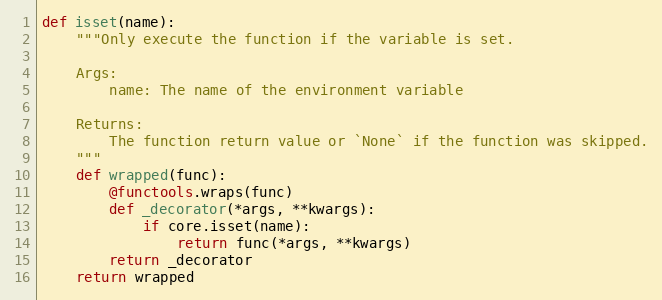
Language: Python
def isset(name):
    """Only execute the function if the variable is set.

    Args:
        name: The name of the environment variable

    Returns:
        The function return value or `None` if the function was skipped.
    """
    def wrapped(func):
        @functools.wraps(func)
        def _decorator(*args, **kwargs):
            if core.isset(name):
                return func(*args, **kwargs)
        return _decorator
    return wrapped